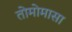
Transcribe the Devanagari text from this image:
तोमोमासा